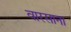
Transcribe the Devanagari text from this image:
वारसाना